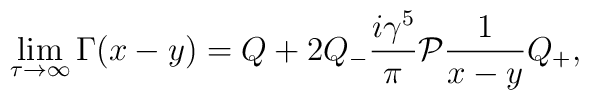
\lim _{\tau \rightarrow \infty }\Gamma (x-y)=Q+2Q_{-}\frac{i\gamma ^{5}}{\pi }{\cal P}\frac{1}{x-y}Q_{+},